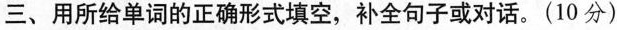
三、用所给单词的正确形式填空,补全句子或对话.(10 分)